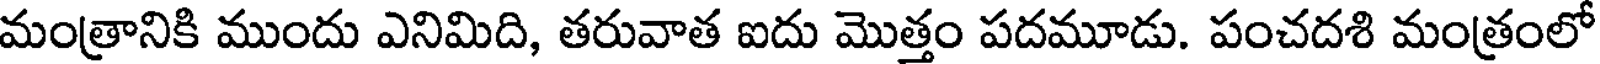
మంత్రానికి ముందు ఎనిమిది, తరువాత ఐదు మొత్తం పదమూడు. పంచదశి మంత్రంలో